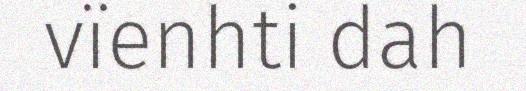
vïenhti dah